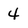
Character: 4